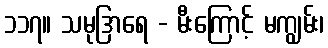
၁၁၇။ သမုဒြာရေ - မီးကြောင့် မကျွမ်း၊